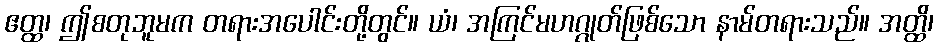
ဧတ္ထ၊ ဤစတုဘူမက တရားအပေါင်းတို့တွင်။ ယံ၊ အကြင်မဟဂ္ဂုတ်ဖြစ်သော နာမ်တရားသည်။ အတ္ထိ၊